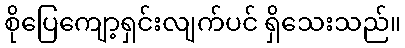
စိုပြေကျော့ရှင်းလျက်ပင် ရှိသေးသည်။